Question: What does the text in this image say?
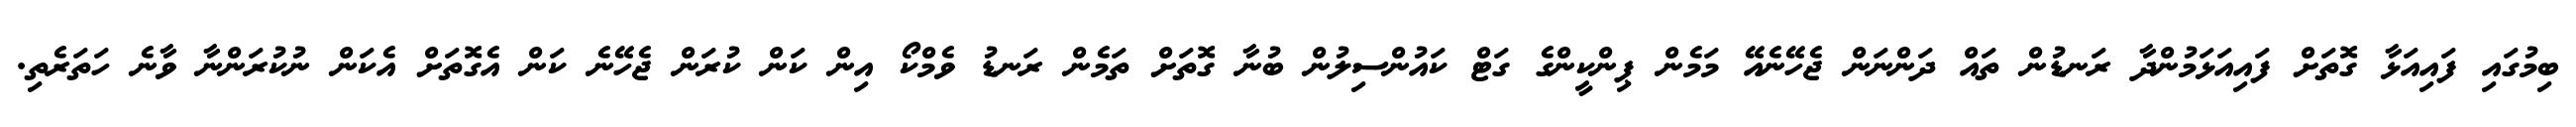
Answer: ބިމުގައި ފައިއަޅާ ގޮތަށް ފައިއަޅަމުންދާ ރަނޑުން ތައް ދަންނަން ޖެހޭނެއޭ މަމެން ޕިންކީންގެ ގަޓް ކައުންސިލުން ބުނާ ގޮތަށް ތަމެން ރަނޑު ވެމްކޯ އިން ކަން ކުރަން ޖެހޭނެ ކަން އެގޮތަށް އެކަން ނުކުރަންނާ ވާނެ ހަތަރެތި.